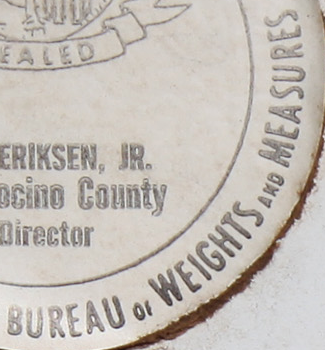
SUREAU WEIGHTS MEASURES